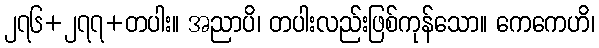
၂၇၆+၂၇၇+တပါး။ အညာပိ၊ တပါးလည်းဖြစ်ကုန်သော။ ကေကေဟိ၊